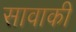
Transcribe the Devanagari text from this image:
सावाकी